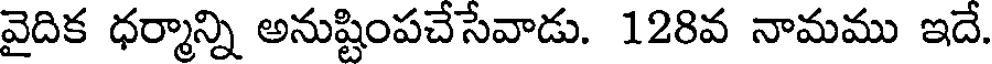
వైదిక ధర్మాన్ని అనుష్టింపచేసేవాడు. 128వ నామము ఇదే.